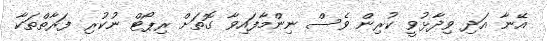
އޭނާ އަދި ވިދާޅުވީ ކުރިން ވެސް ނިންމާފައިވާ ގޮތަށް ރިޕޯޓް ނުކުރި ފަރާތްތަކާ